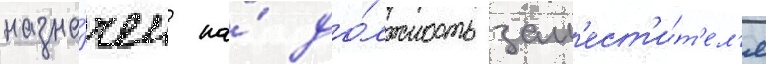
назна́чен на́ до́лжность зам'ест'и́т'ел'я